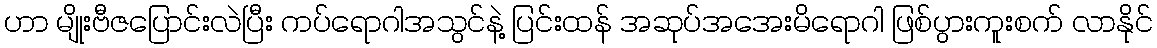
ဟာ မျိုးဗီဇပြောင်းလဲပြီး ကပ်ရောဂါအသွင်နဲ့ ပြင်းထန် အဆုပ်အအေးမိရောဂါ ဖြစ်ပွားကူးစက် လာနိုင်